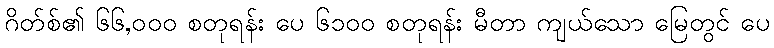
ဂိတ်စ်၏ ၆၆,၀၀၀ စတုရန်း ပေ ၆၁၀၀ စတုရန်း မီတာ ကျယ်သော မြေတွင် ပေ